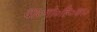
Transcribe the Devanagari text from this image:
दा०गो०हि०का०